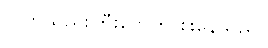
လက်သည်းကြီးတွေက စူးနေသည်။